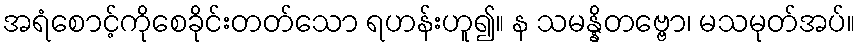
အရံစောင့်ကိုစေခိုင်းတတ်သော ရဟန်းဟူ၍။ န သမန္နိတဗ္ဗော၊ မသမုတ်အပ်။